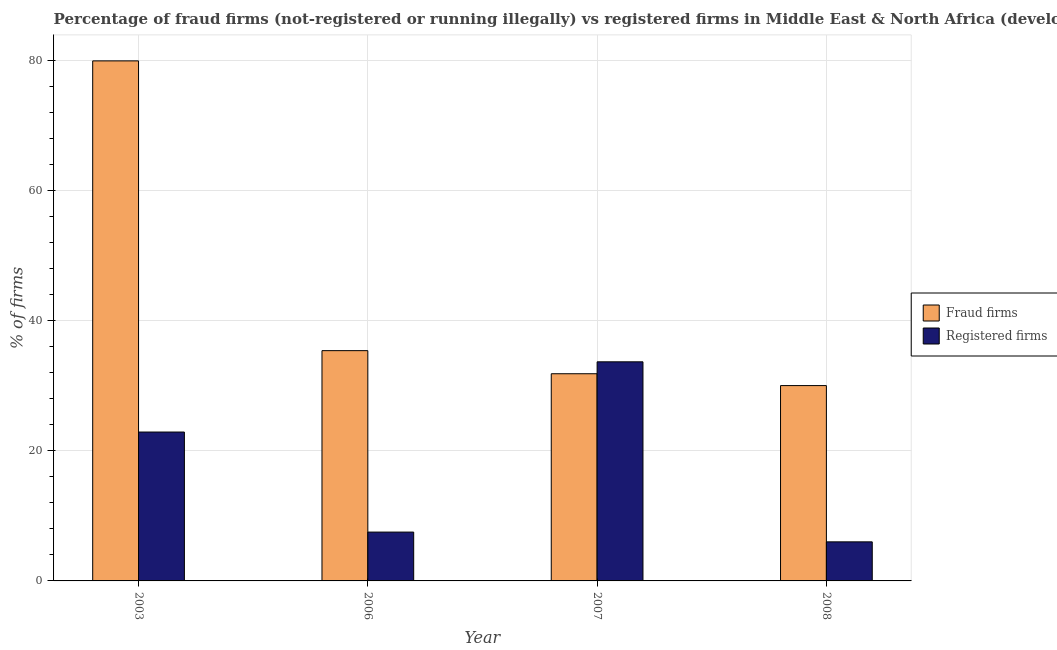
| Year | Fraud firms | Registered firms |
 | --- | --- | --- |
 | 2003 | 79.9 | 22.9 |
 | 2006 | 35.4 | 7.5 |
 | 2007 | 31.8 | 33.6 |
 | 2008 | 30 | 6 |